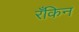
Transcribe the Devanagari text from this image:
रँकिन